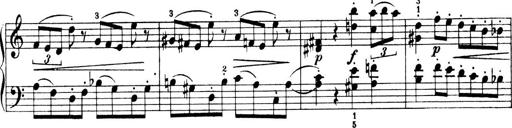
Title: 4 Sonatines
Composer: Max Reger